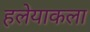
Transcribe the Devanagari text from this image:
हलेयाकला